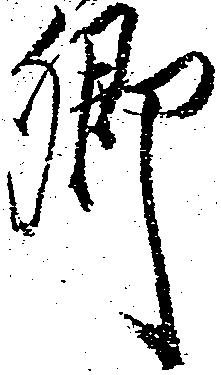
郷